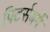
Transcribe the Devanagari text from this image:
पिटर्सबर्ग